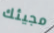
مجيئك